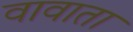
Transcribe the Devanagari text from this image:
वावाता